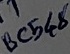
Text: BC548